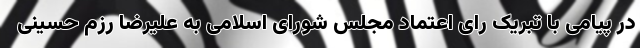
در پیامی با تبریک رای اعتماد مجلس شورای اسلامی به علیرضا رزم حسینی